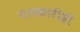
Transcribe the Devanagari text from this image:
गतकारीही